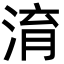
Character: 淯